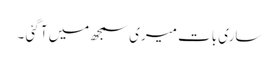
ساری بات میری سمجھ میں آ گئی ۔